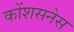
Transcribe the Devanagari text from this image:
कोंशसनेस